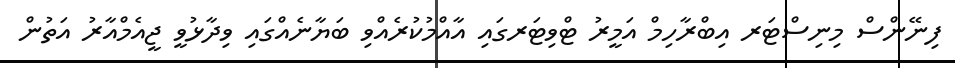
ފިނޭންސް މިނިސްޓަރ އިބްރާހިމް އަމީރު ޓްވިޓަރގައި އާއްމުކުރެއްވި ބަޔާނެއްގައި ވިދާޅުވީ ޖީއެމްއާރު އަތުން